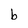
Character: b